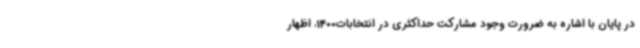
در پایان با اشاره به ضرورت وجود مشارکت حداکثری در انتخابات1400، اظهار